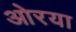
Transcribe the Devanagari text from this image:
ओरया